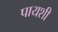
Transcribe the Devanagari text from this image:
पायशी